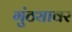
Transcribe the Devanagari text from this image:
गुंठ्यावर